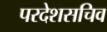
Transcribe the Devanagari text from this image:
परदेशसचिव